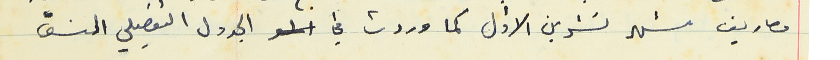
مصاريف شهر تشرين الأول كما وردت في الجدول التفصيلي المنسق